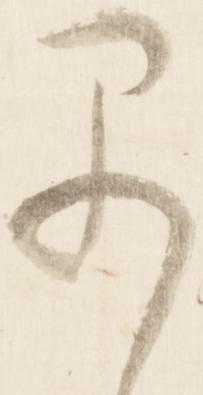
早